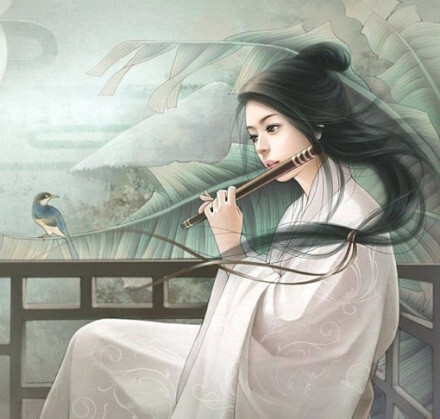
相思相望不相亲，天为谁春。